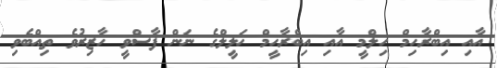
އާއި އިބްރާހިމް ހިލްމީ އާއި އިބްރާހީމް ޚަލީލްގެ ނަން ފާސްވީ ހާޒިރުވެ ތިއްބެވި